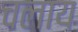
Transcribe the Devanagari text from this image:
चलाय